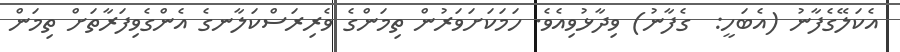
އެކަލޭގެފާނު (އެބަހީ:  ގެފާނު) ވިދާޅުވިއެވެ. ހަމަކަށަވަރުން ތިމަންގެ ވެރިރަސްކަލާނގެ އެންގެވިފަރާތަށް ތިމަން